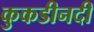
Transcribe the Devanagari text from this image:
कुकडीनदी